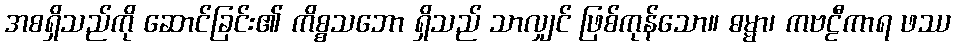
အစရှိသည်ကို ဆောင်ခြင်း၏ ကိစ္စသဘော ရှိသည် သာလျှင် ဖြစ်ကုန်သော။ ဓမ္မာ၊ ကဗဠီကာရ ဖဿ